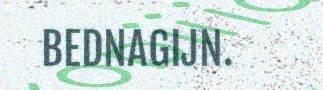
BEDNAGIJN.